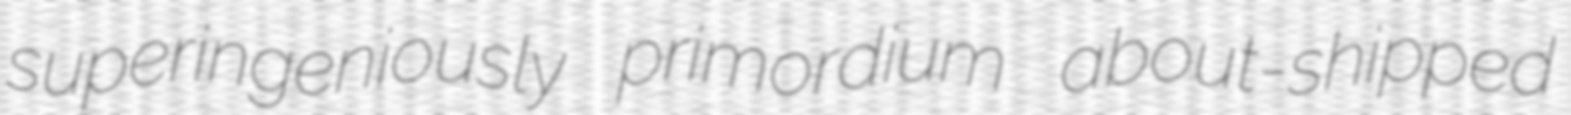
superingeniously primordium about-shipped